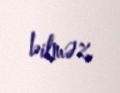
bilməz.